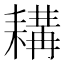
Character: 耩